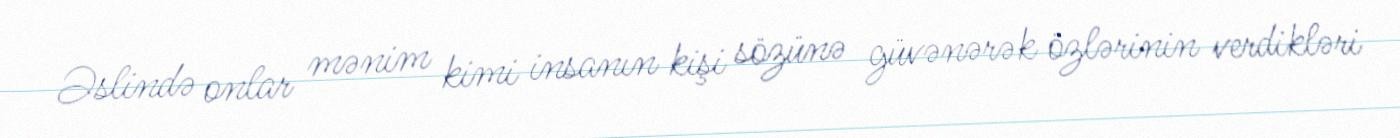
Əslində onlar mənim kimi insanın kişi sözünə güvənərək özlərinin verdikləri